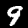
Digit: 9